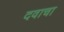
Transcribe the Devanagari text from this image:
दवाचा